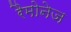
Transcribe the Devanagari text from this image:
रैमोनेज